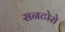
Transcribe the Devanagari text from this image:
सनटोरो